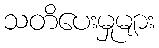
သတိပေးမှုများ